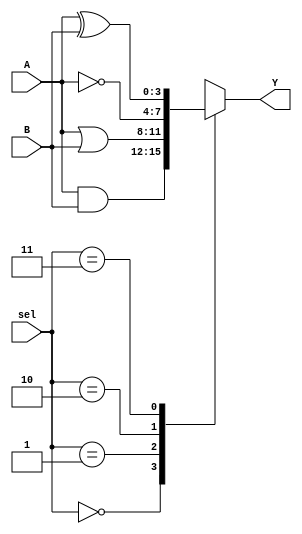
module combinational_logic_block (
    input wire [3:0] A,        // 4-bit input A
    input wire [3:0] B,        // 4-bit input B
    input wire [1:0] sel,      // 2-bit selector for function selection
    output wire [3:0] Y        // 4-bit output Y
);

    // Internal signals for shared logic
    wire [3:0] and_out;
    wire [3:0] or_out;
    wire [3:0] not_out;
    wire [3:0] xor_out;

    // Shared logic gates
    assign and_out = A & B;    // AND operation
    assign or_out  = A | B;    // OR operation
    assign not_out = ~A;        // NOT operation (applied to A)
    assign xor_out = A ^ B;     // XOR operation

    // Multiplexer to select the output based on the control signal
    always @(*) begin
        case (sel)
            2'b00: Y = and_out;  // Select AND output
            2'b01: Y = or_out;   // Select OR output
            2'b10: Y = not_out;  // Select NOT output
            2'b11: Y = xor_out;  // Select XOR output
            default: Y = 4'b0000; // Default case
        endcase
    end

endmodule